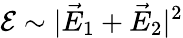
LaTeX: {\cal E}\sim|\vec{E}_{1}+\vec{E}_{2}|^{2}